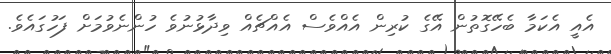
އެއީ އެކަމާ ބެހޭގޮތުން އޭގެ ކުރިން އެއްވެސް އެއްޗެއް ވިދާޅުނުވެ ހުންނެވުމަށް ފަހުގައެވެ.